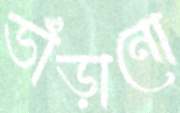
ভাঁড়ানো